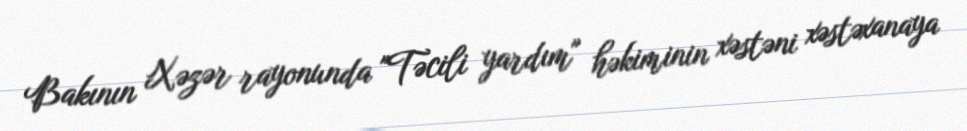
Bakının Xəzər rayonunda "Təcili yardım" həkiminin xəstəni xəstəxanaya